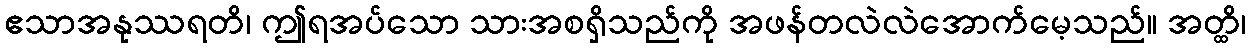
ဧသာအနုဿရတိ၊ ဤရအပ်သော သားအစရှိသည်ကို အဖန်တလဲလဲအောက်မေ့သည်။ အတ္ထိ၊